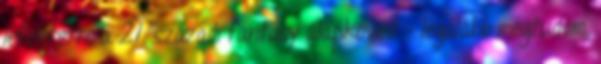
lefektette a 21. századi fantasy alapköveit - legalább megtudom,